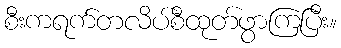
စီးကရက်တလိပ်စီထုတ်ဖွာကြပြီး။